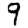
Digit: 9